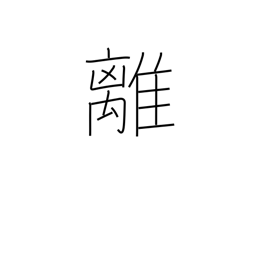
Meaning: digress